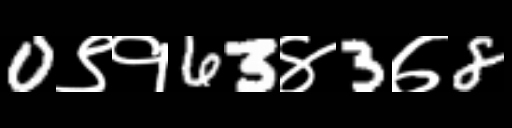
Text: 0९१63४3७8